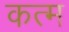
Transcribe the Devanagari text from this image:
कत्म